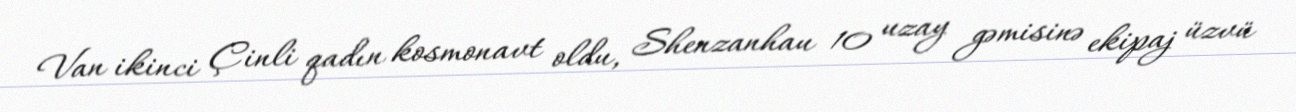
Van ikinci Çinli qadın kosmonavt oldu, Shenzanhau 10 uzay gəmisinə ekipaj üzvü